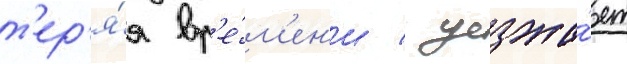
т'ер'я́я вр'е́м'ен'и / уезжа́ет